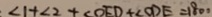
\angle 1 + \angle 2 + \angle O E D + \angle O D E = 1 8 0 ^ { \circ }